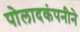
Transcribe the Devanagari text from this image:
पोलादकंपनीने